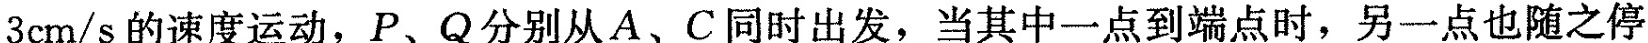
3cm/s的速度运动，P、Q分别从A、C同时出发，当其中一点到端点时，另一点也随之停